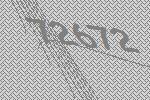
72672